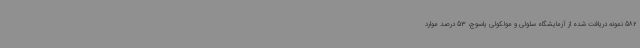
582 نمونه دریافت شده از آزمایشگاه سلولی و مولکولی یاسوج، 53 درصد موارد